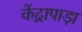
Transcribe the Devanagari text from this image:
केंद्रापाड़ा